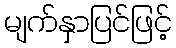
မျက်နှာပြင်ဖြင့်